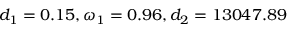
d _ { 1 } = 0 . 1 5 , \omega _ { 1 } = 0 . 9 6 , d _ { 2 } = 1 3 0 4 7 . 8 9